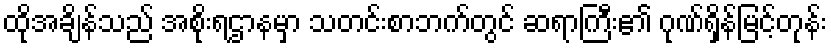
ထိုအချိန်သည် အစိုးရဌာနမှာ သတင်းစာဘက်တွင် ဆရာကြီး၏ ဂုဏ်ရှိန်မြင့်တုန်း